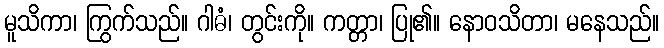
မူသိကာ၊ ကြွက်သည်။ ဂါဓံ၊ တွင်းကို။ ကတ္တာ၊ ပြု၏။ နောဝသိတာ၊ မနေသည်။